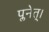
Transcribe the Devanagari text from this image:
प्लनेत्।